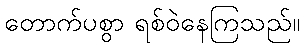
တောက်ပစွာ ရစ်ဝဲနေကြသည်။